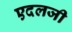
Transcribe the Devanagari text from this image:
एदलजी